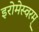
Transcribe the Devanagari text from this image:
इरोमेस्वरम्